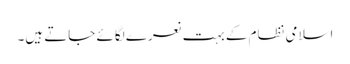
اسلامی نظام کے بہت نعرے لگائے جاتے ہیں۔